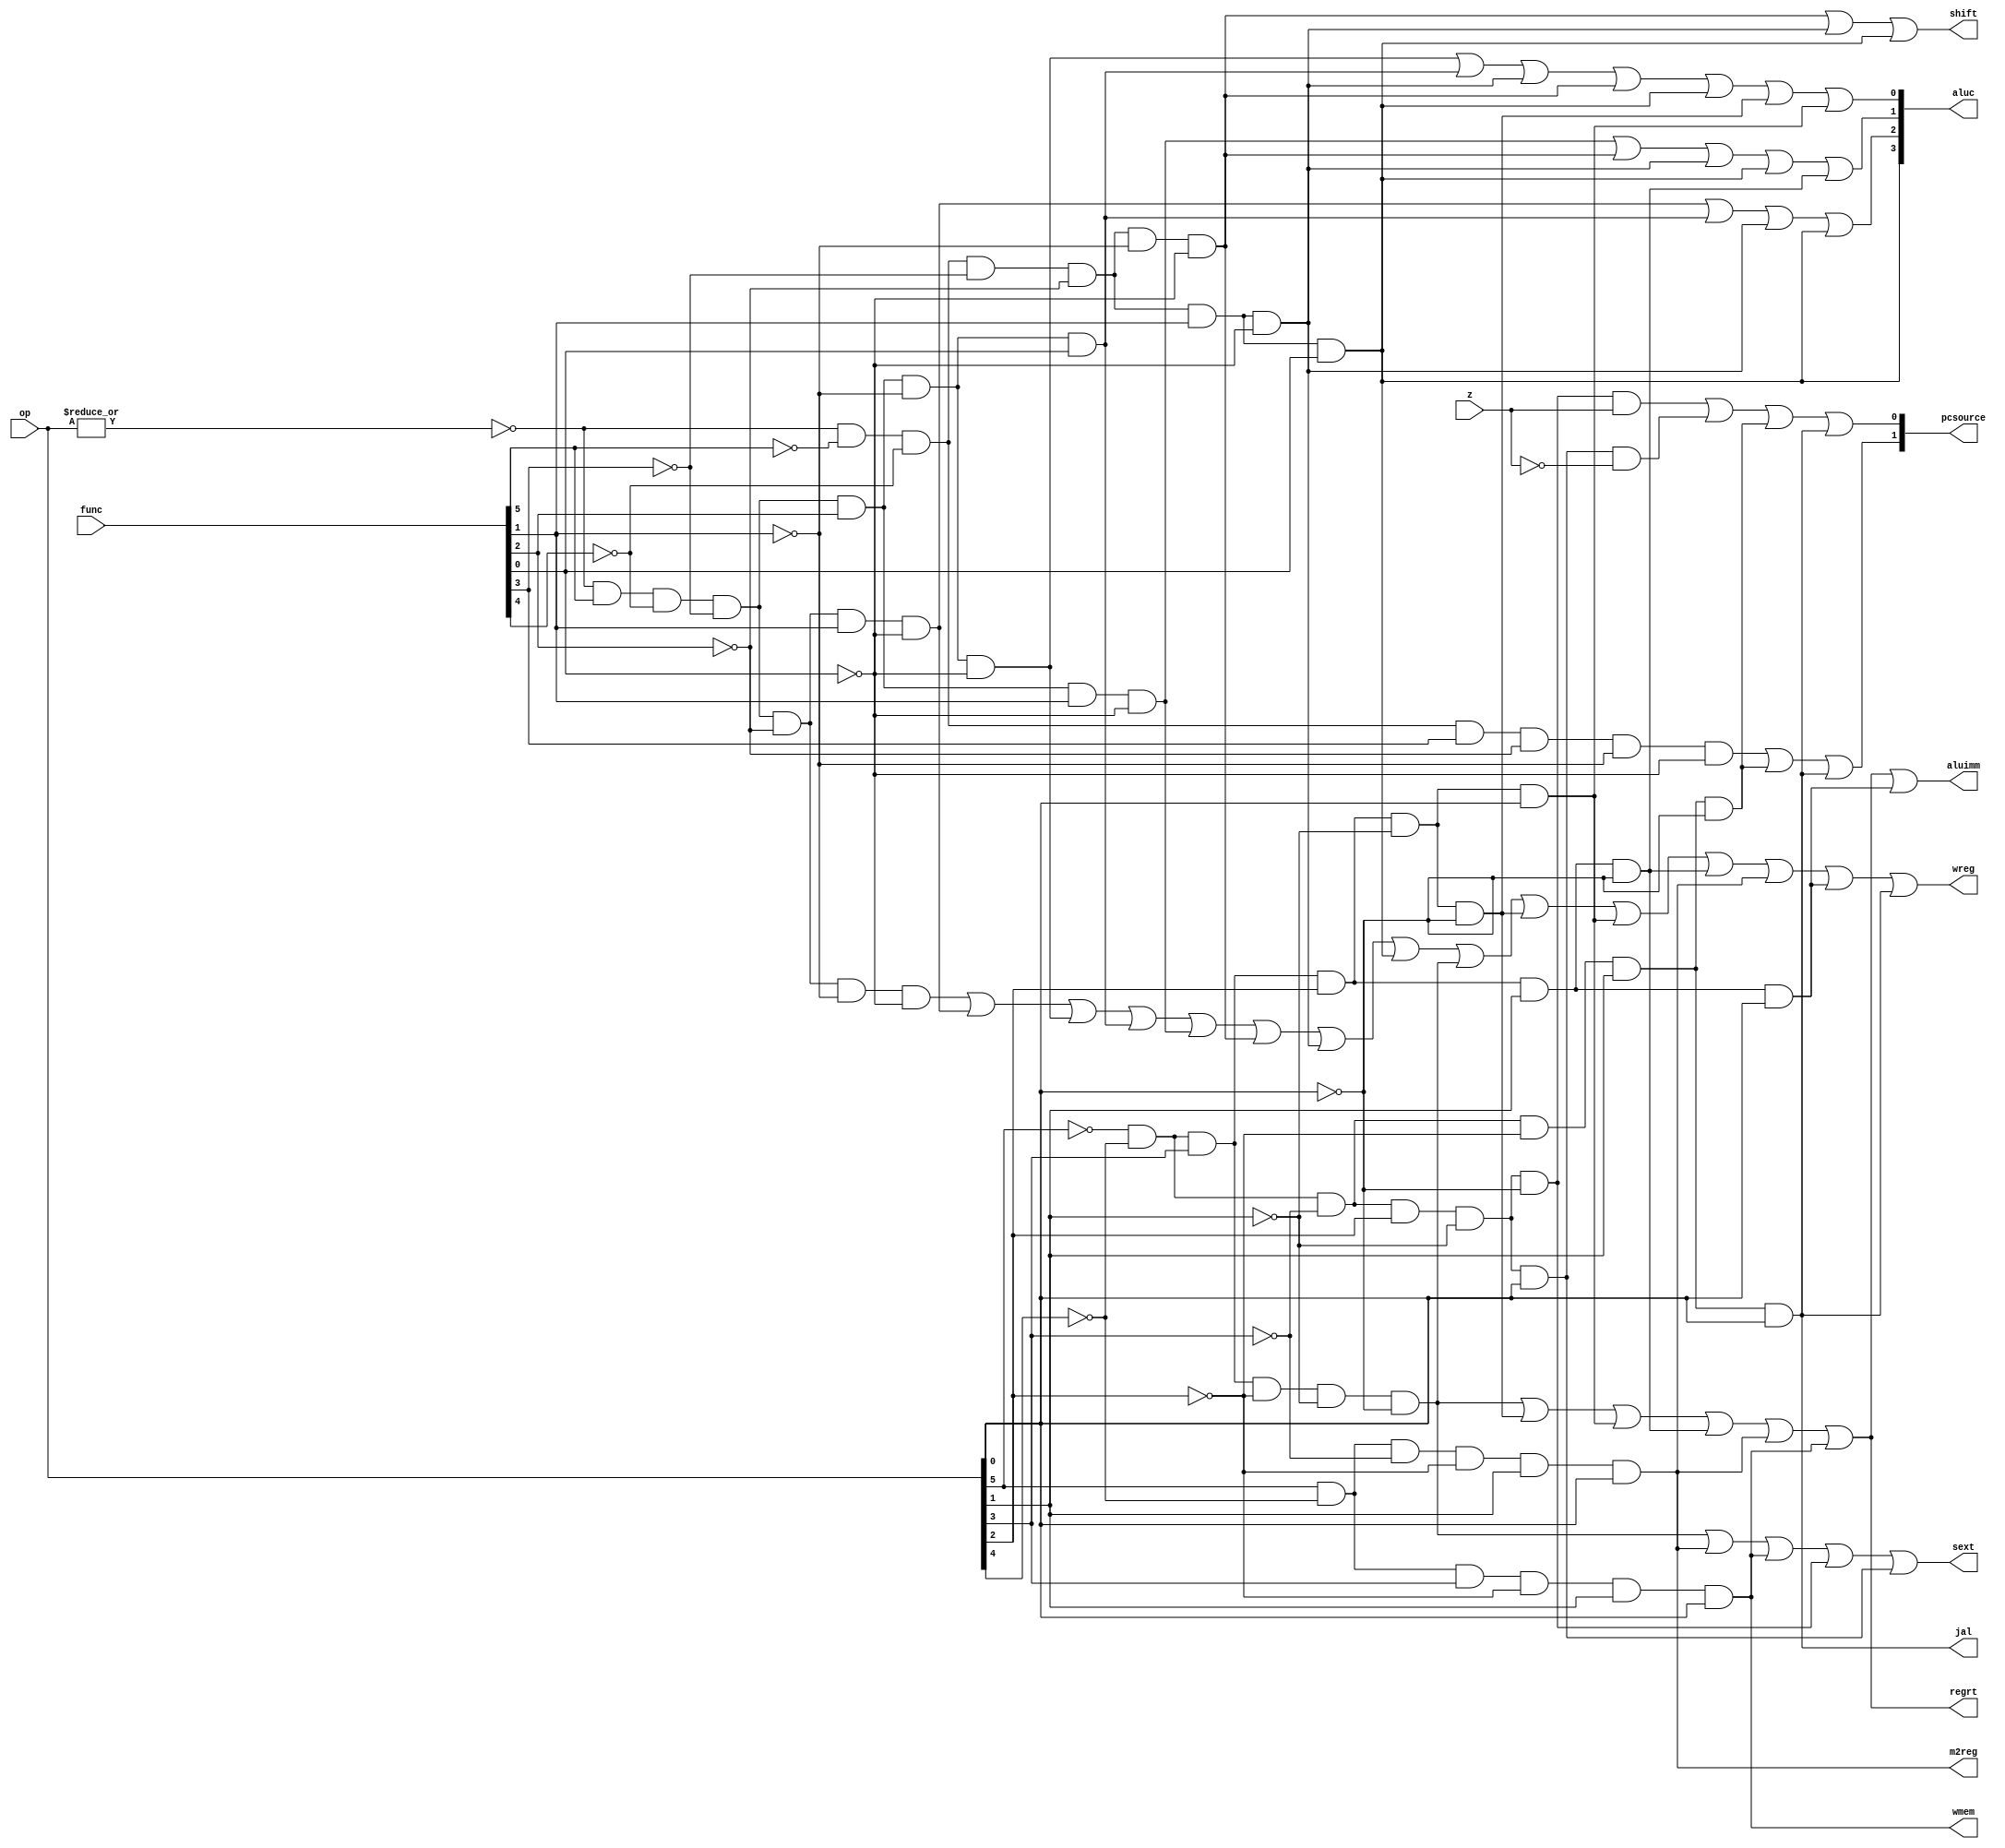
module sc_cu (op, func, z, wmem, wreg, regrt, m2reg, aluc, shift,
              aluimm, pcsource, jal, sext);
   input  [5:0] op,func;
   input        z;
   output       wreg,regrt,jal,m2reg,shift,aluimm,sext,wmem;
   output [3:0] aluc;
   output [1:0] pcsource;
   wire r_type = ~|op;
   wire i_add = r_type & func[5] & ~func[4] & ~func[3] & ~func[2] & ~func[1] & ~func[0];          //100000
   wire i_sub = r_type & func[5] & ~func[4] & ~func[3] & ~func[2] &  func[1] & ~func[0];          //100010
      
   //  please complete the deleted code.
   
   wire i_and =   r_type &  func[5] & ~func[4] & ~func[3] & func[2] & ~func[1] & ~func[0];          //100100
   wire i_or  =  r_type &  func[5] & ~func[4] & ~func[3] & func[2] & ~func[1] &  func[0];          //100101
   wire i_xor =  r_type &  func[5] & ~func[4] & ~func[3] & func[2] &  func[1] & ~func[0];          //100110
   wire i_sll =  r_type & ~func[5] & ~func[4] & ~func[3] & ~func[2] & ~func[1] & ~func[0];          //000000
   wire i_srl =  r_type & ~func[5] & ~func[4] & ~func[3] & ~func[2] &  func[1] & ~func[0];          //000010
   wire i_sra =  r_type & ~func[5] & ~func[4] & ~func[3] & ~func[2] &  func[1] &  func[0];          //000011
   wire i_jr  =  r_type & ~func[5] & ~func[4] &  func[3] & ~func[2] & ~func[1] & ~func[0];          //001000
                
   wire i_addi = ~op[5] & ~op[4] &  op[3] & ~op[2] & ~op[1] & ~op[0]; //001000
   wire i_andi = ~op[5] & ~op[4] &  op[3] &  op[2] & ~op[1] & ~op[0]; //001100
   
   wire i_ori  = ~op[5] & ~op[4] &  op[3] &  op[2] & ~op[1] &  op[0]; //001101
   wire i_xori = ~op[5] & ~op[4] &  op[3] &  op[2] &  op[1] & ~op[0]; //001110  
   wire i_lw   =  op[5] & ~op[4] & ~op[3] & ~op[2] &  op[1] &  op[0]; //100011
   wire i_sw   =  op[5] & ~op[4] &  op[3] & ~op[2] &  op[1] &  op[0]; //101011
   wire i_beq  = ~op[5] & ~op[4] & ~op[3] &  op[2] & ~op[1] & ~op[0]; //000100
   wire i_bne  = ~op[5] & ~op[4] & ~op[3] &  op[2] & ~op[1] &  op[0]; //000101
   wire i_lui  = ~op[5] & ~op[4] &  op[3] &  op[2] &  op[1] &  op[0]; //001111
   wire i_j    = ~op[5] & ~op[4] & ~op[3] & ~op[2] &  op[1] & ~op[0]; //000010
   wire i_jal  = ~op[5] & ~op[4] & ~op[3] & ~op[2] &  op[1] &  op[0]; //000011
   
  
   assign pcsource[1] = i_jr | i_j | i_jal;
   assign pcsource[0] = ( i_beq & z ) | (i_bne & ~z) | i_j | i_jal ;
   
   assign wreg = i_add | i_sub | i_and | i_or   | i_xor  |
                 i_sll | i_srl | i_sra | i_addi | i_andi |
                 i_ori | i_xori | i_lw | i_lui  | i_jal;
   
   assign aluc[3] = i_sra;
   assign aluc[2] = i_sub | i_or | i_srl | i_sra;
   assign aluc[1] = i_xor | i_sll | i_srl | i_sra | i_xori;
   assign aluc[0] = i_and | i_or | i_srl | i_sll | i_sra | i_andi | i_ori;
   assign shift   = i_sll | i_srl | i_sra ;

   assign aluimm  = i_addi | i_andi | i_ori | i_xori | i_lw | i_sw | i_lui;
   assign sext    = i_addi | i_lw | i_sw | i_beq | i_bne;
   assign wmem    = i_sw;
   assign m2reg   = i_lw;
   assign regrt   = i_addi | i_andi | i_ori | i_xori | i_lw | i_sw;
   assign jal     = i_jal;

endmodule